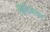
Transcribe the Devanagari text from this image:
चिदियघर